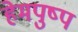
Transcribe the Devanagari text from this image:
हेमपुष्प